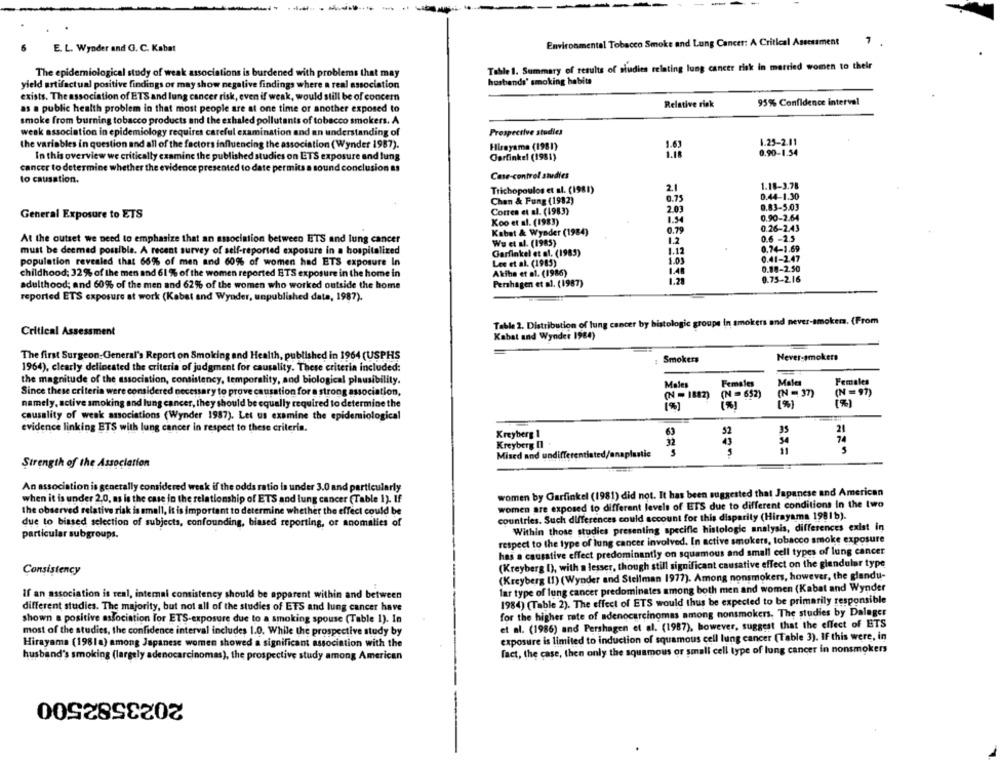
Environmental Tobacco Smoke and Lung Cancer: A Critical Assessment
E. L. Wynder and G. C. Kabat
Table 1. Summary of results of studies relating lung cancer risk in married women to their
The epidemiological study of weak associations is burdened with problems that may
yield artifactual positive findings or may show negative findings where a real association
husbands' smoking habita
exists. The association of ETS and lung cancer risk, even if weak, would still be of concern
Relative risk
95% Confidence interval
as a public health problem in that most people are at one time or another exposed to
smoke from burning tobacco products and the exhaled pollutants of tobacco smokers. A
Prospective studies
weak association in epidemiology requires careful examination and an understanding of
the variables in question and all of the factors influencing the association (Wynder 1987).
Hirayama (1981)
1.25-2.11
0.90-1.54
In this overview we critically examine the published studies on ETS exposure and lung
Garfinkel (1981)
cancer to determine whether the evidence presented to date permits a sound conclusion as
Case-control studies
to causation.
Trichopoulos et al. (1981)
2.1
1.18-3.78
0.75
0.44-1.30
Chan & Fung (1982)
0.83-5.03
General Exposure to ETS
Corren et al. (1983)
2.03
Koo et al. (1983)
1.54
0.90-2.64
0.79
0.26-2.43
Kabat & Wynder (1984)
1.2
0.6 -2.5
At the outset we need to emphasize that an association between ETS and lung cancer
Wu et al. (1985)
must be deemed possible. A recent survey of self-reported exposure in a hospitalized
Garfinkel et al. (1985)
1.12
0.74-1.69
1.01
0.41-2.47
population revealed that 66% of men and 60% of women had ETS exposure In
Les et al. (1985)
0.08-2.50
childhood; 32% of the men and 61 % of the women reported ETS exposure in the home in
Akiha et al. (1986)
1.28
0.75-2.16
adulthood; and 60% of the men and 62% of the women who worked outside the home
Pershagen et al. (1987)
reported ETS exposure at work (Kabat and Wynder, unpublished data, 1987).
Table 2. Distribution of lung cancer by histologic groupe In smokers and never-smokers. (From
Critical Assessment
Kabat and Wyndet 1984)
The first Surgeon General's Report on Smoking and Health, published in 1964 (USPHS
: Smokers
Never-smokers
1964), clearly delineated the criteria of judgment for causality. These criteria included:
the magnitude of the association, consistency, temporality, and biological plausibility.
Males
Females
Males
Females
Since these criteria were considered necessary to prove causation for a strong association,
(N = 1882)
(N = 652)
(N = 37)
(N =97)
namely, active smoking and lung cancer, they should be equally required to determine the
[%)
[%]
causality of weak associations (Wynder 1987). Let us examine the epidemiological
evidence linking ETS with lung cancer in respect to these criterin.
Kreyherg 1
63
52
21
Kreyberg Il
43
74
32
Mised and undifferen
ated/a
utie
5
Strength of the Association
An association is generally considered weak if the odds ratio is under 3.0 and particularly
women by Garfinkel (1981) did not. It has been suggested that Japanese and American
when it is under 2.0, as is the case in the relationship of ETS and lung cancer (Table 1). If
women are exposed to different levels of ETS due to different conditions In the two
the observed relative risk is small, it is important to determine whether the effect could be
countries. Such differences could account for this disparity (Hirayama 1981b).
due to biased selection of subjects, confounding, biased reporting, or anomalies of
Within those studies presenting specific histologie analysis, differences exist in
particular subgroups.
respect to the type of lung cancer involved. In active smokers, tobacco smoke exposure
has a causative effect predominantly on squamous and small cell types of lung cancer
(Kreyberg I), with a lesser, though still significant causative effect on the glandular type
Consistency
(Kreyberg (1) (Wynder and Stellman 1977). Among nonsmokers, however, the glandu-
lar type of lung cancer predominates among both men and women (Kabat and Wynder
If an association is real, internal consistency should be apparent within and between
1984) (Table 2). The effect of ETS would thus be expected to be primarily responsible
different studies. The majority, but not all of the studies of ETS and lung cancer have
for the higher rate of adenocarcinomas among nonsmokers. The studies by Dalager
shown a positive association for ETS-exposure due to a smoking spouse (Table 1). In
et al. (1986) and Pershagen et al. (1987), however, suggest that the effect of ETS
most of the studies, the confidence interval includes 1.0. While the prospective study by
Hirayama (198la) among Japanese women showed a significant association with the
exposure is limited to induction of squamous cell lung cancer (Table 3). IF this were, in
fact, the case, then only the squamous or small cell type of lung cancer in nonsmokers
husband's smoking (largely adenocarcinomas), the prospective study among American
2023582500